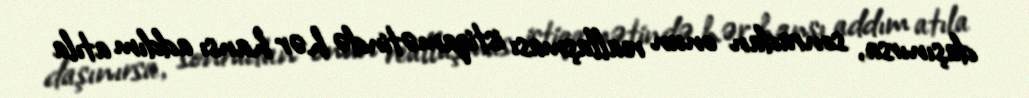
daşınırsa, sonradan onun reallaşması istiqamətində hər hansı addım atıla